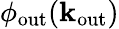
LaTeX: \phi_{\mathrm{out}}(\mathbf k_{\mathrm{out}})